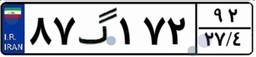
۶۳گ۸۶۹۷۴